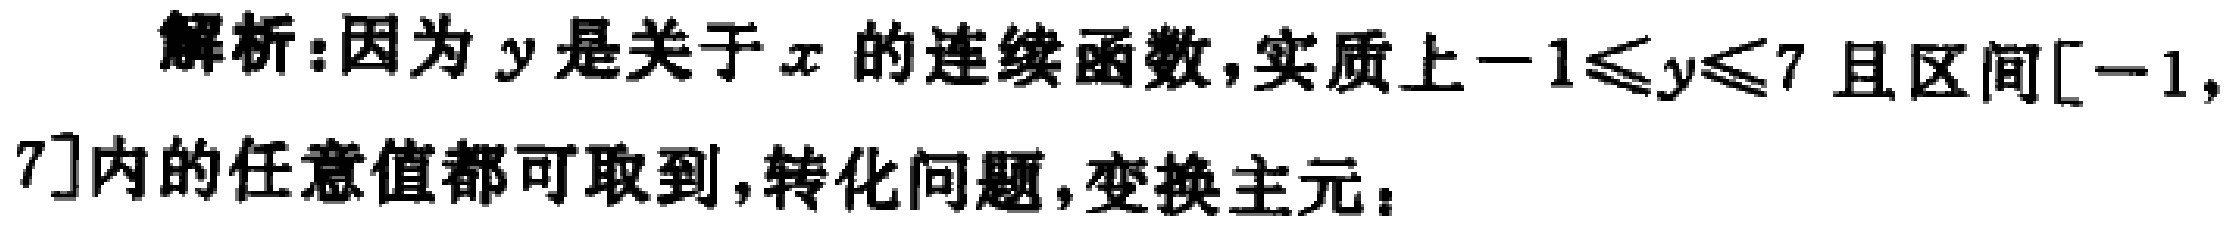
解析:因为\(y\)是关于\(x\)的连续函数,实质上\(-1\leqslant y\leqslant 7\)且区间\([-1,7]\)内的任意值都可取到,转化问题,变换主元：